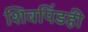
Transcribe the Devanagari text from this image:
शिवपिंडही